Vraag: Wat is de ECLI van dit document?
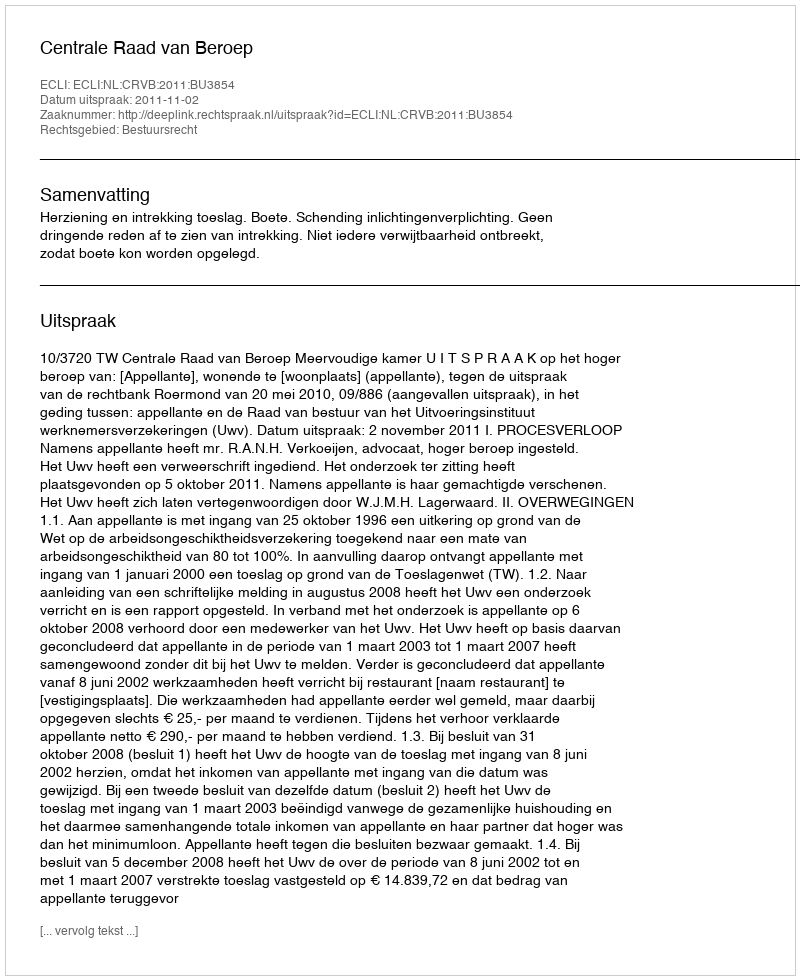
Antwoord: ECLI:NL:CRVB:2011:BU3854